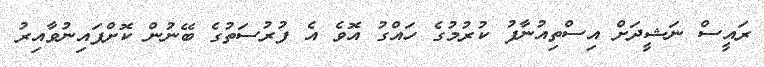
ރައީސް ނަޝީދަށް އިސްތިއުނާފު ކުރުމުގެ ހައްގު އޮވެ އެ ފުރުސަތުގެ ބޭނުން ކޮށްފައިނުވާއިރު